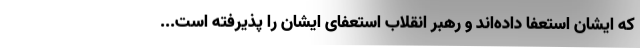
که ایشان استعفا داده‌اند و رهبر انقلاب استعفای ایشان را پذیرفته است...